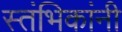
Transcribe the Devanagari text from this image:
स्तंभिकांनी